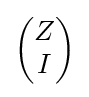
{\begin{pmatrix}Z\\I\end{pmatrix}}